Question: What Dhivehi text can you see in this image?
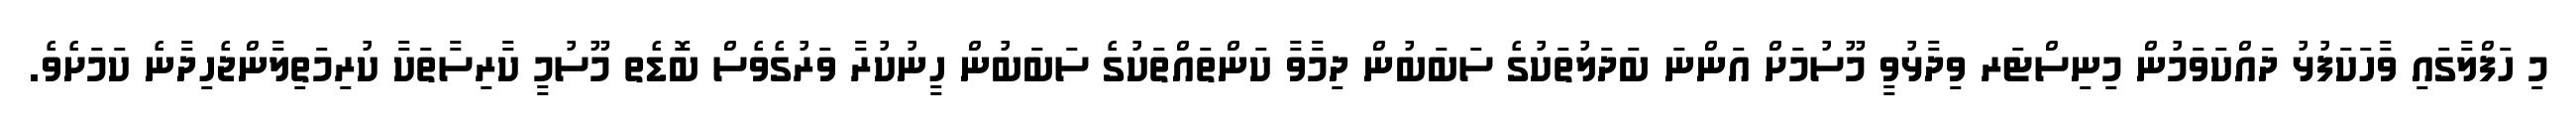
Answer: މި ހަފްލާގައި ވާހަކަފުޅު ދައްކަވަމުން މިނިސްޓަރ ވިދާޅުވީ މޫސުމަށް އަންނަ ބަދަލުތަކުގެ ސަބަބުން ދިމާވާ ކަންތައްތަކުގެ ސަބަބުން ހީނުކުރާ ވަރުގެވެސް ބޮޑެތ މޫސުމީ ކާރިސާތަކާ ކުރިމަތިލާންޖެހިދާނެ ކަމަށެވެ.